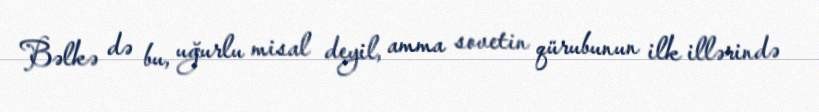
Bəlkə də bu, uğurlu misal deyil, amma sovetin qürubunun ilk illərində